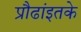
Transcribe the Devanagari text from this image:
प्रौढांइतके